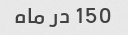
150 در ماه